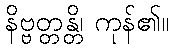
နိဗ္ဗတ္တန္တိ၊ ကုန်၏။